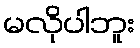
မလိုပါဘူး